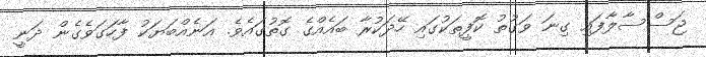
ޖަސްސާލާފައި ގިނަ ވަގުތު ކޮފީތަކުގައި ހޭދަކުރާ ބައެއްގެ ގޮތުގައެވެ. އަނެއްބަޔަކު ފާހަގަވެގެން ދަނީ